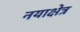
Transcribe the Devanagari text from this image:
नयाक्षेत्र